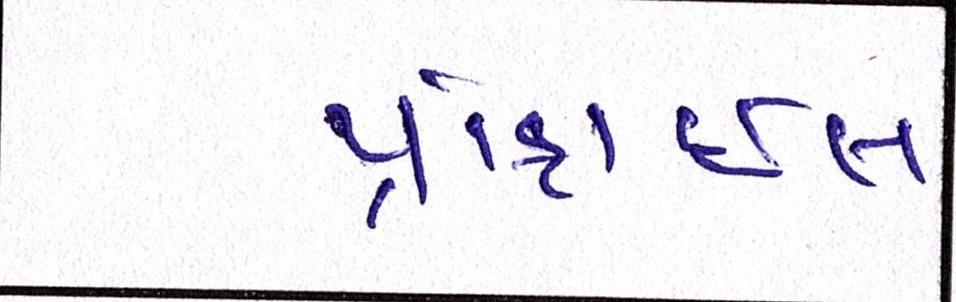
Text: પ્રોફાઇલ